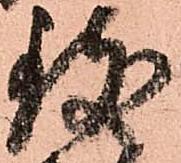
致